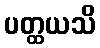
ပတ္ထယသိ